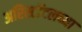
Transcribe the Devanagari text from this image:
अरिस्टॉटलच्या